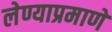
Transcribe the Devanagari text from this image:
लेण्याप्रमाणे